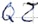
Text: Q2